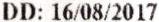
DD: 16/08/2017